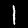
Label: 1